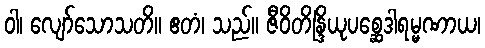
ဝါ၊ လျော်သောသတိ။ ဧတံ၊ သည်။ ဇီဝိတိန္ဒြိယုပစ္ဆေဒါရမ္မဏာယ၊